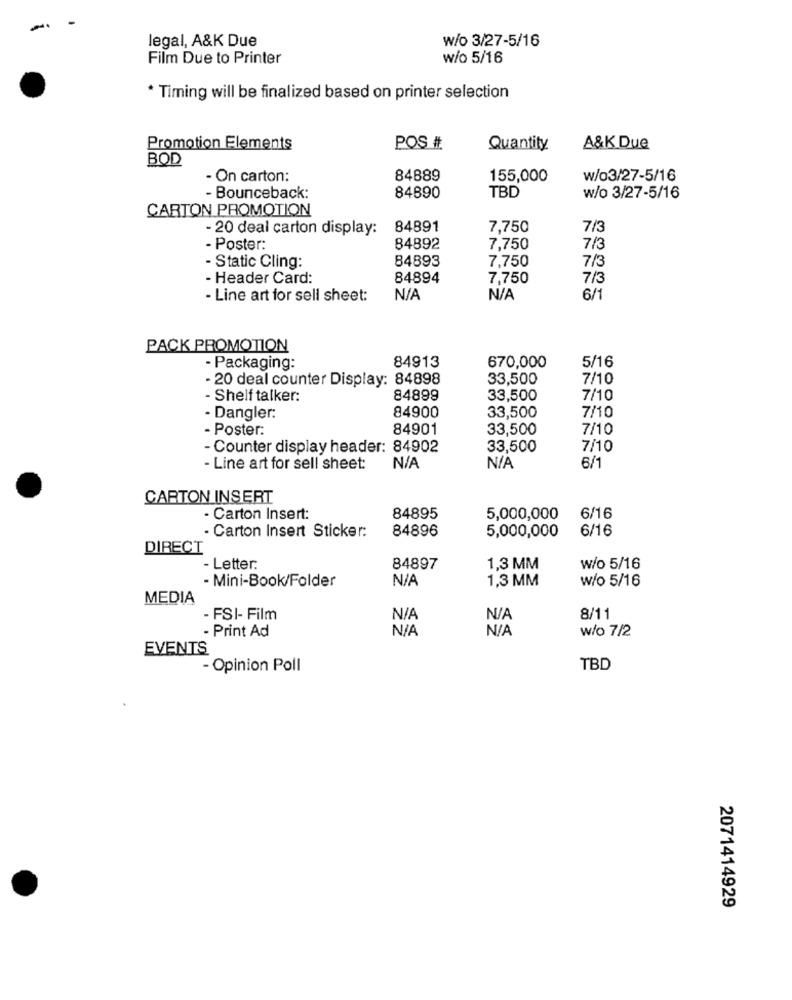
legal, A&K Due
w/o 3/27-5/16
Film Due to Printer
w/o 5/16
* Timing will be finalized based on printer selection
Promotion Elements
POS #
Quantity
A&K Due
BOD
- On carton:
84889
155,000
w/03/27-5/16
- Bounceback:
84890
TBD
w/o 3/27-5/16
CARTON PROMOTION
- 20 deal carton display:
84891
7,750
7/3
- Poster:
84892
7,750
7/8
84893
7,750
7/3
- Static Cling:
- Header Card:
84894
7,750
7/3
- Line art for sell sheet:
6/1
PACK PROMOTION
5/16
- Packaging:
84913
670,000
- 20 deal counter Display: 84898
33,500
7/10
- Shelf talker:
84899
33,500
7/10
84900
33,500
7/10
· Dangler:
- Poster:
84901
33,500
7/10
- Counter display header: 84902
33,500
7/10
- Line art for sell sheet:
6/1
CARTON INSERT
- Carton Insert:
84895
5,000,000
6/16
- Carton Insert Sticker:
84896
5,000,000
6/16
DIRECT
- Letter:
84897
1,3 MM
w/o 5/16
- Mini-Book/Folder
1,3 MM
w/o 5/16
MEDIA
- FSI- Film
8/11
- Print Ad
w/o 7/2
EVENTS
- Opinion Poll
TBD
2071414929